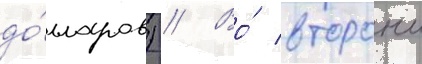
до́лларов) // Во́ второи